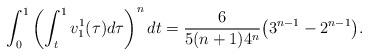
LaTeX: \begin{align*} \int_0^1\left(\int_t^1 v_1^1(\tau)d\tau\right)^n dt=\frac{6}{5(n+1)4^{n}}\big(3^{n-1} - 2^{n-1}\big).\end{align*}